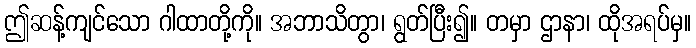
ဤဆန့်ကျင်သော ဂါထာတို့ကို။ အဘာသိတွာ၊ ရွတ်ပြီး၍။ တမှာ ဌာနာ၊ ထိုအရပ်မှ။